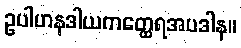
ဥပါဟနဒါယကတ္ထေရအပဒါန။